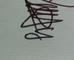
Signature authenticity: genuine